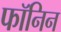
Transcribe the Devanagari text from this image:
फॉनिन